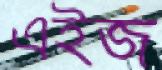
এইজ